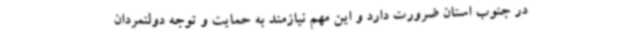
در جنوب استان ضرورت دارد و این مهم نیازمند به حمایت و توجه دولتمردان